Annual administration report of the Civil Veterinary Department of India - 1907-1908
Year: 1907
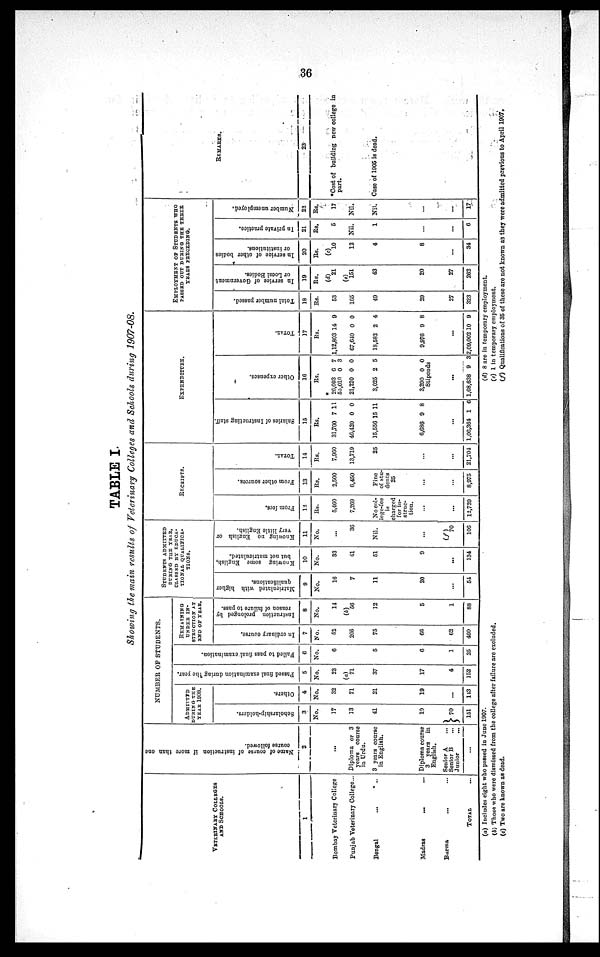
36
TABLE I.
Showing the main results of Veterinary Colleges and Schools during 1907-08.
VETERINARY COLLEGES
AND SCHOOLS.
1
Bombay Veterinary College
Punjab Veterinary College...
Bengal ... ...
Madras ... ...
Burma ... ...
TOTAL ...
Name of course of instruction if more than one
course followed.
2
...
Diploma or 3
years
course
in Urdu.
3 years course
in English.
Diploma course
3 years
in
English.
Senior A ...
Senior B ...
Junior ...
...
NUMBER OF STUDENTS.
ADMITTED
DURING THE
YEAR 1908.
Scholarship-holders.
3
No.
17
13
41
19
70
151
Others.
4
No.
32
71
21
19
...
143
Passed final examination during the year.
5
No.
23
(a)
71
37
17
4
152
Failed to pass final examination.
6
No.
6
5
6
1
25
REMAINING
UNDER IN-
STRUCTION AT
AND OF YEAR.
In ordinary course.
7
No.
52
205
75
66
62
460
Instruction prolonged by
reason of failure to pass.
8
No.
14
(b)
56
12
5
1
88
STUDENTS ADMITTED
DURING THE YEAR,
CLASSED BY EDUCA-
TIONAL QUALIFICA-
TIONS.
Matriculated with higher
qualifications.
9
No.
16
7
11
20
...
54
Knowing some English,
but not matriculated.
10
No.
33
41
51
9
...
134
Knowing no English or
very little English.
11
No.
...
36
Nil.
...
(f)
70
106
RECEIPTS.
From fees.
12
Rs.
5,460
7,269
No col-
lege-fee
is
charged
for in-
struc-
tion.
...
...
12,720
From other sources.
13
Rs.
2,500
6,450
Fine
of stu-
dents
25
...
...
8,975
Total.
14
Rs.
7,960
13,719
25
...
...
21,704
EXPENDITURE.
Salaries of I ns t
r uct i
ng staff.
15
Rs.
31,700
46,420
15,556
6,686
...
1,00,364
7
0
15
9
1
11
0
11
8
6
Ot her e xpe ns e s .
16
Rs.
*
26,093
55,010
21,220
3,025
3,290
Stipends
...
1,08,638
6
0
0
2
0
9
7
3
0
5
0
3
Tot al .
17
Rs.
1,12,803
67,640
18,582
9,976
...
2,09,002
14
0
2
9
10
9
0
4
8
9
EMPLOYMENT OF STUDENTS WHO
PASSED OUT DURING THE THREE
YEARS PRECEDING.
Total number passed.
18
Rs.
53
165
49
29
27
323
In service of Government
or Local Bodies.
19
Rs.
(d)
21
(c)
151
43
20
27
262
In service of other bodies
or institutions.
20
Rs.
(c)
10
12
4
8
...
34
In private practice.
21
Rs.
5
Nil.
1
...
...
6
Number unemployed.
22
Rs.
17
Nil.
Nil.
...
...
17
REMARKS.
23
*Cost of building new college in
part.
Case of 1905 is dead.
(a) Includes eight who passed in June 1907.
(b) Those who were dismissed from the college after failure are excluded.
(c) Two are known as dead.
(d) 8 are in temporary employment.
(e) 1 in temporary employment.
(f) Qualifications of 35 of these are not known as they were admitted previous to April 1907.